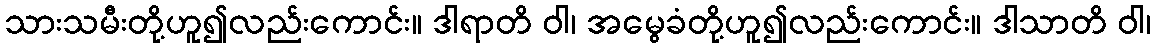
သားသမီးတို့ဟူ၍လည်းကောင်း။ ဒါရာတိ ဝါ၊ အမွေခံတို့ဟူ၍လည်းကောင်း။ ဒါသာတိ ဝါ၊